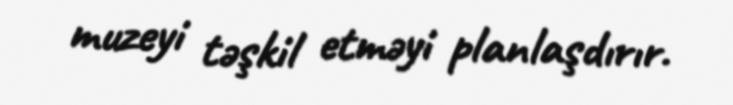
muzeyi təşkil etməyi planlaşdırır.